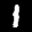
Label: 1